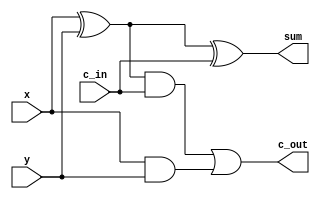
module full_adder(output sum , output c_out , input x , input y , input c_in);
	wire w1 , w2 , w3;
	xor xor1(w1 , x , y);
	xor xor2(sum , w1 , c_in);
	and and1(w2 , w1 , c_in);
	and and2(w3 , x, y);
	or or1(c_out , w2 , w3);
endmodule